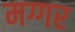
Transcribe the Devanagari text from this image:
मग्गर